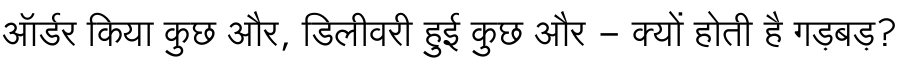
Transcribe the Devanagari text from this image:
ऑर्डर किया कुछ और, डिलीवरी हुई कुछ और - क्यों होती है गड़बड़?